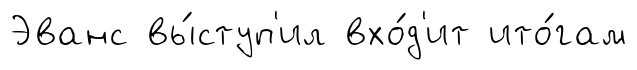
Эванс вы́ступ'ил вхо́д'ит ито́гам